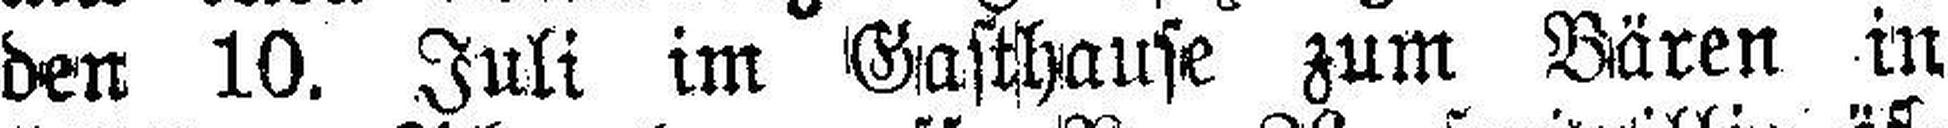
den 10. Juli im Gasthause zum Bären in